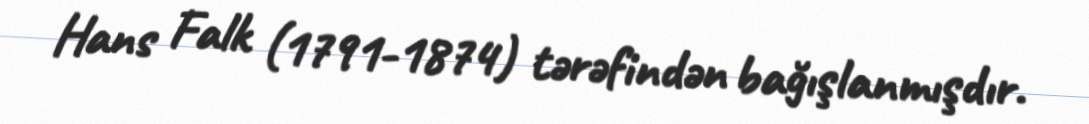
Hans Falk (1791-1874) tərəfindən bağışlanmışdır.